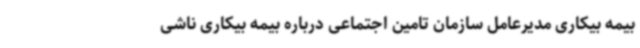
بیمه بیکاری مدیرعامل سازمان تامین اجتماعی درباره بیمه بیکاری ناشی